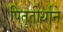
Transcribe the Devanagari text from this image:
पितृतीर्थाने